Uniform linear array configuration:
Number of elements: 16
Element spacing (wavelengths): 0.25
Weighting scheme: cosine
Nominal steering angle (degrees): -60
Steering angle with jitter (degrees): -58.782
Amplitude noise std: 0.05
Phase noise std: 0.05

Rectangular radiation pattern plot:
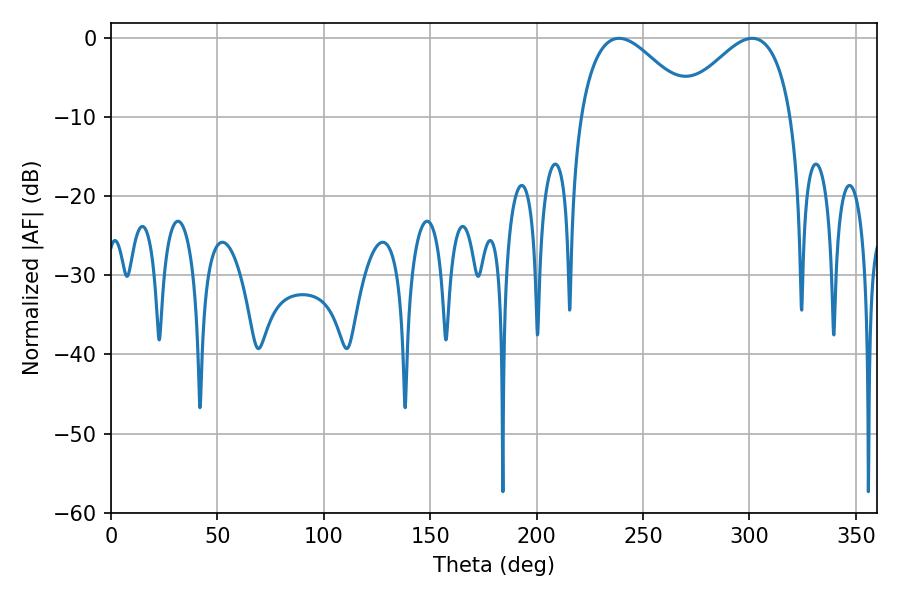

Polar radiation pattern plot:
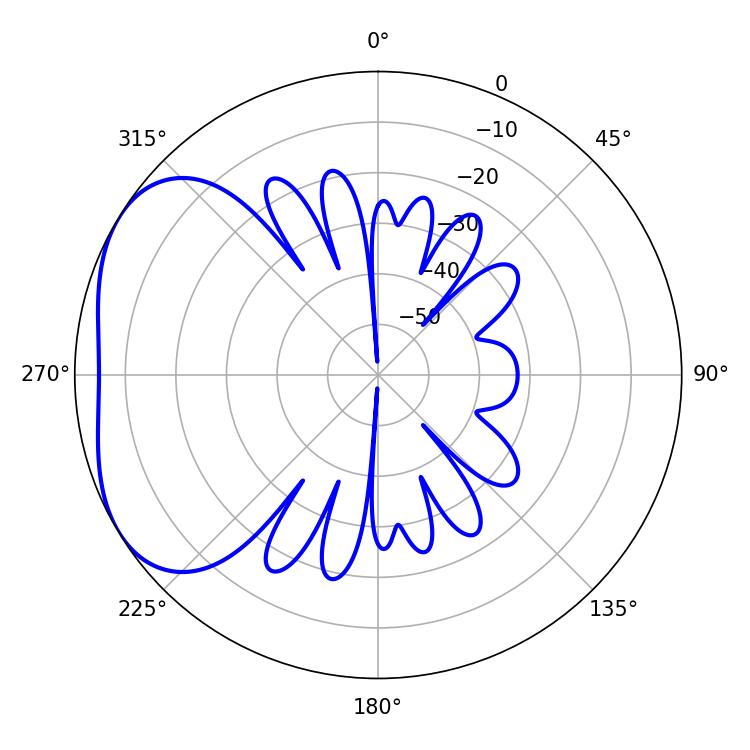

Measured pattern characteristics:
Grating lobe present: FALSE
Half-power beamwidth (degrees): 28.8
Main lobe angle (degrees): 238.68